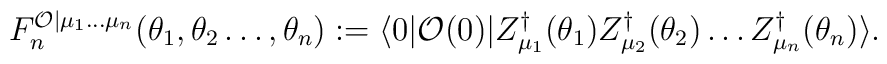
F_{n}^{\mathcal{O}|\mu _{1}\ldots \mu _{n}}(\theta _{1},\theta _{2}\ldots,\theta _{n}):=\langle 0|\mathcal{O}(0)|Z_{\mu _{1}}^{\dagger }(\theta_{1})Z_{\mu _{2}}^{\dagger }(\theta _{2})\ldots Z_{\mu _{n}}^{\dagger}(\theta _{n})\rangle .